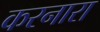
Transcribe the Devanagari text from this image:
करनारा